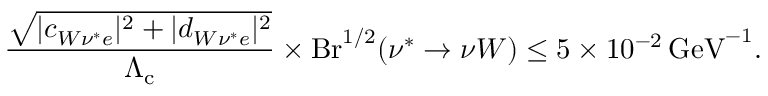
\frac { \sqrt { | c _ { W \nu ^ { * } e } | ^ { 2 } + | d _ { W \nu ^ { * } e } | ^ { 2 } } } { \Lambda _ { \mathrm { c } } } \times \mathrm { B r } ^ { 1 / 2 } ( \nu ^ { * } \to \nu W ) \leq 5 \times 1 0 ^ { - 2 } \, \mathrm { G e V } ^ { - 1 } .